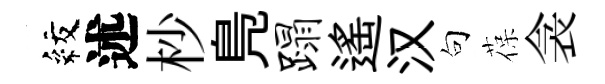
紋述杪鳬蹋遥汉句葆衾